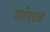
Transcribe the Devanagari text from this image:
मशीदवजा